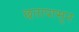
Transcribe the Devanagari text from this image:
छतापासून